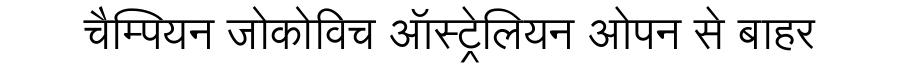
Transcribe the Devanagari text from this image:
चैम्पियन जोकोविच ऑस्ट्रेलियन ओपन से बाहर